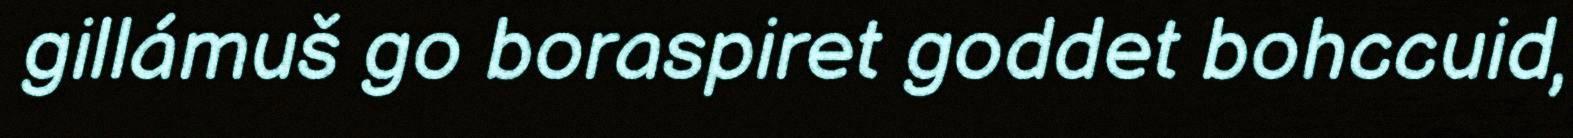
gillámuš go boraspiret goddet bohccuid,